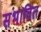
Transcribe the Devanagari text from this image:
संभावित